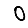
Digit: 0